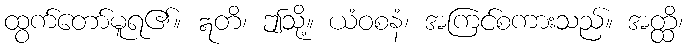
ထွက်တော်မူရ၏။ ဣတိ၊ ဤသို့။ ယံဝစနံ၊ အကြင်စကားသည်။ အတ္ထိ၊